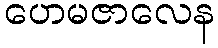
ဟေမဇာလေန